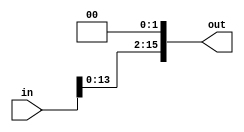
/**************************************************************************************************/
/**************************************************************************************************/
/*****************************		Author: Alyaa Mohamed 	 **************************************/
/*****************************		Module: Shift left twice **************************************/
/**************************************************************************************************/
/**************************************************************************************************/

module shift_left_twice 
#(parameter width=16)
(
    input  wire	[width-1:0] in	,
    
	output reg 	[width-1:0] out
	
);

/***************************************************************************************************/
/***************************************************************************************************/

	always @(*)
		begin
		
			out = in << 2'd2	;
		
		end

endmodule